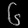
Digit: ၆